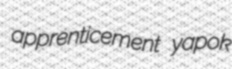
apprenticement yapok